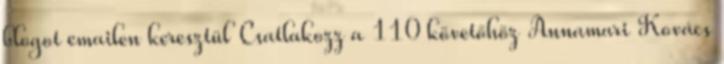
blogot emailen keresztül Csatlakozz a 110 követőhöz Annamari Kovács